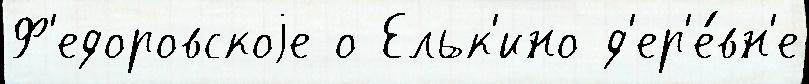
Ф'едоровскоjе о Ельк'ино д'ер'е́вн'е